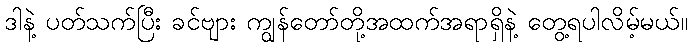
ဒါနဲ့ ပတ်သက်ပြီး ခင်ဗျား ကျွန်တော်တို့အထက်အရာရှိနဲ့ တွေ့ရပါလိမ့်မယ်။